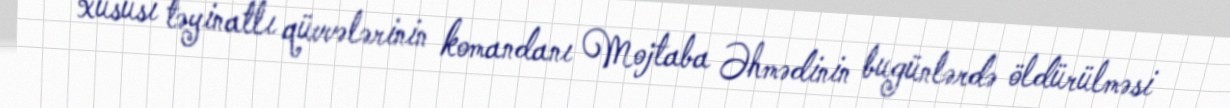
xüsusi təyinatlı qüvvələrinin komandanı Mojtaba Əhmədinin bugünlərdə öldürülməsi